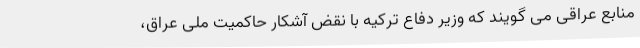
منابع عراقی می گویند که وزیر دفاع ترکیه با نقض آشکار حاکمیت ملی عراق،